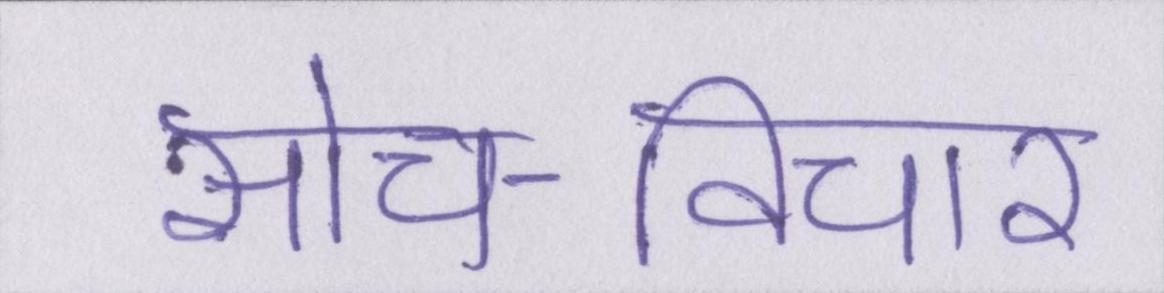
सोच-विचार